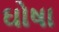
ઘોષા